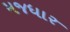
મજધાર